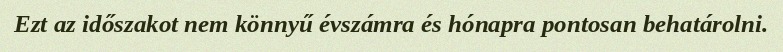
Ezt az időszakot nem könnyű évszámra és hónapra pontosan behatárolni.